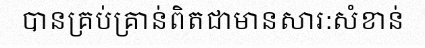
បានគ្រប់គ្រាន់ពិតជាមានសារ:សំខាន់